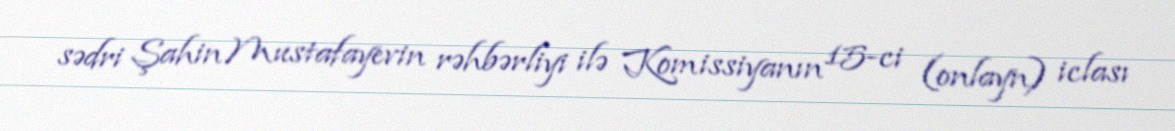
sədri Şahin Mustafayevin rəhbərliyi ilə Komissiyanın 15-ci (onlayn) iclası